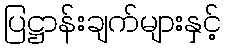
ပြဋ္ဌာန်းချက်များနှင့်